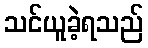
သင်ယူခဲ့ရသည်